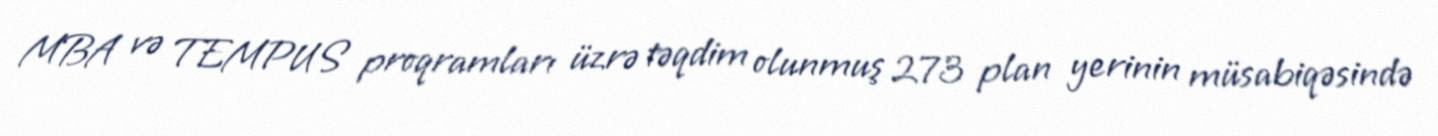
MBA və TEMPUS proqramları üzrə təqdim olunmuş 273 plan yerinin müsabiqəsində